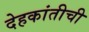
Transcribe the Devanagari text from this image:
देहकांतीची